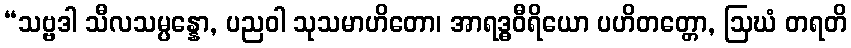
“သဗ္ဗဒါ သီလသမ္ပန္နော, ပညဝါ သုသမာဟိတော၊ အာရဒ္ဓဝီရိယော ပဟိတတ္တော, ဩဃံ တရတိ